Vaccine operations Central Provinces & Berar 1912-1920 - 1912-1920
Year: 1912
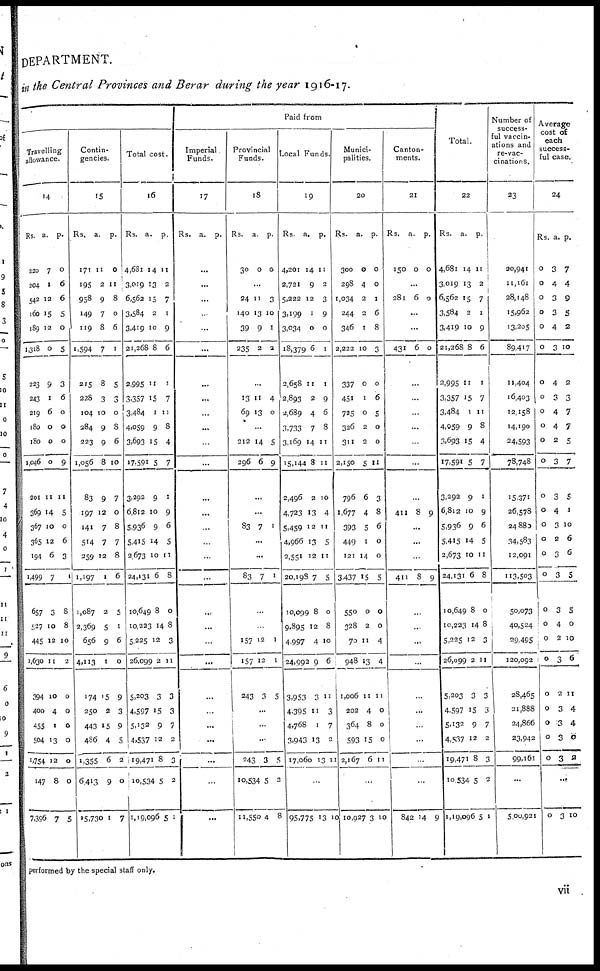
DEPARTMENT.
in the Central Provinces and Berar during the year 1916-17.
Travelling
allowance.
14
Rs.
220
204
542
160
189
1,318
223
243
219
180
180
1,046
201
369
367
365
194
1,499
657
527
445
1,630
394
400
455
504
1,754
147
7,396
a.
7
1
12
15
12
0
9
1
6
0
0
0
11
14
10
12
6
7
3
10
12
11
10
4
1
13
12
8
7
p.
0
6
6
5
0
5
3
6
0
0
0
9
11
5
0
6
3
1
8
8
10
2
0
0
0
0
0
0
5
Contin-
gencies.
15
Rs.
171
195
958
149
119
1,594
215
228
104
284
223
1,056
83
197
141
514
259
1,197
1,087
2,369
656
4,113
174
250
443
486
1,355
6,413
15,730
a.
11
2
9
7
8
7
8
3
10
9
9
8
9
12
7
7
12
1
2
5
9
1
15
2
15
4
6
9
1
p.
0
11
8
0
6
1
5
3
0
8
6
10
7
0
8
7
8
6
5
1
6
0
9
3
9
5
2
0
7
Total cost.
16
Rs.
4,681
3,019
6,562
3,584
3,419
21,268
2,995
3,357
3,484
4,059
3,693
17,591
3,292
6,812
5,936
5,415
2,673
24,131
10,649
10,223
5,225
26,099
5,203
4,597
5,132
4,537
19,471
10,534
1,19,096
a.
14
13
15
2
10
8
11
15
1
9
15
5
9
10
9
14
10
6
8
14
12
2
3
15
9
12
8
5
5
p.
11
2
7
1
9
6
1
7
11
8
4
7
1
9
6
5
11
8
0
8
3
11
3
3
7
2
3
2
1
Paid from
Imperial
Funds.
17
Rs. a. p.
...
...
...
...
...
...
...
...
...
...
...
...
...
...
...
...
...
...
...
...
...
...
...
...
...
...
...
...
...
Provincial
Funds.
18
Rs.
30
a.
0
p.
0
...
24
140
39
235
11
13
9
2
3
10
1
2
...
13
69
11
13
4
0
...
212
296
14
6
5
9
...
...
83 7
1
...
...
83
7
1
...
...
157
157
243
12
12
3
1
1
5
...
...
...
243
10,534
11,550
3
5
4
5
2
8
Local Funds.
19
Rs.
4,201
2,721
5,222
3,199
3,034
18,379
2,658
2,893
2,689
3,733
3,169
15,144
2,496
4,723
5,459
4,966
2,551
20,198
10,099
9,895
4,997
24,992
3,953
4,395
4,768
3,943
17,060
a.
14
9
12
1
0
6
11
2
4
7
14
8
2
13
12
13
12
7
8
12
4
9
3
11
1
13
13
p.
11
2
3
9
0
1
1
9
6
8
11
11
10
4
11
5
11
5
0
8
10
6
11
3
7
2
11
...
95,775 12 10
Munici-
palities.
20
Rs.
300
298
1,034
244
346
2,222
337
451
725
326
311
2,150
796
1,677
393
449
121
3,437
550
328
70
948
1,006
202
364
593
2,167
a.
0
4
2
2
1
10
0
1
0
2
2
5
6
4
5
1
14
15
0
2
11
13
11
4
8
15
6
p.
0
0
1
6
8
3
0
6
5
0
0
11
3
8
6
0
0
5
0
0
4
4
11
0
0
0
11
...
10,927 3 10
Canton-
ments.
21
Rs.
150
a.
0
p.
0
...
281
6 0
...
...
431 6
0
...
...
...
...
...
...
...
411
8
9
...
...
...
411
8
9
...
...
...
...
...
...
...
...
...
...
842 14 9
Total.
22
Rs.
4,681
3,019
6,562
3,584
3,419
21,268
2,995
3,357
3,484
4,059
3,693
17,591
3,292
6,812
5,936
5,415
2,673
24,131
10,649
10,223
5,225
26,099
5,203
4,597
5,132
4,537
19,471
10,534
1,19,096
a.
14
13
15
2
10
8
11
15
1
9
15
5
9
10
9
14
10
6
8
14
12
2
3
15
9
12
8
5
5
p.
11
2
7
1
9
6
1
7
11
8
4
7
1
9
6
5
11
8
0
8
3
11
3
3
7
2
3
2
1
Number of
success-
ful vaccin-
ations and
re-vac-
cinations.
23
20,941
11,161
28,148
15,962
13,205
89,417
11,404
16,403
12,158
14,190
24,593
78,748
15,371
26,578
24880
34,583
12,091
113,503
50,073
40,524
29,495
120,092
28,465
21,888
24,866
23,942
99,161
...
5,00,921
Average
cost of
each
success-
ful case.
24
Rs.
0
0
0
0
0
0
0
0
0
0
0
0
0
0
0
0
0
0
0
0
0
0
0
0
0
0
0
a.
3
4
3
3
4
3
4
3
4
4
2
3
3
4
3
2
3
3
3
4
2
3
2
3
3
3
3
p.
7
4
9
5
2
10
2
3
7
7
5
7
5
1
10
6
6
5
5
0
10
6
11
4
4
0
2
...
0
3 10
performed by the special staff only.
vii